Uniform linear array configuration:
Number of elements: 48
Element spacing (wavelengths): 0.25
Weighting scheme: hann
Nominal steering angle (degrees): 15
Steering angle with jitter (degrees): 13.375
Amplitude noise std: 0.05
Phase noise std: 0.05

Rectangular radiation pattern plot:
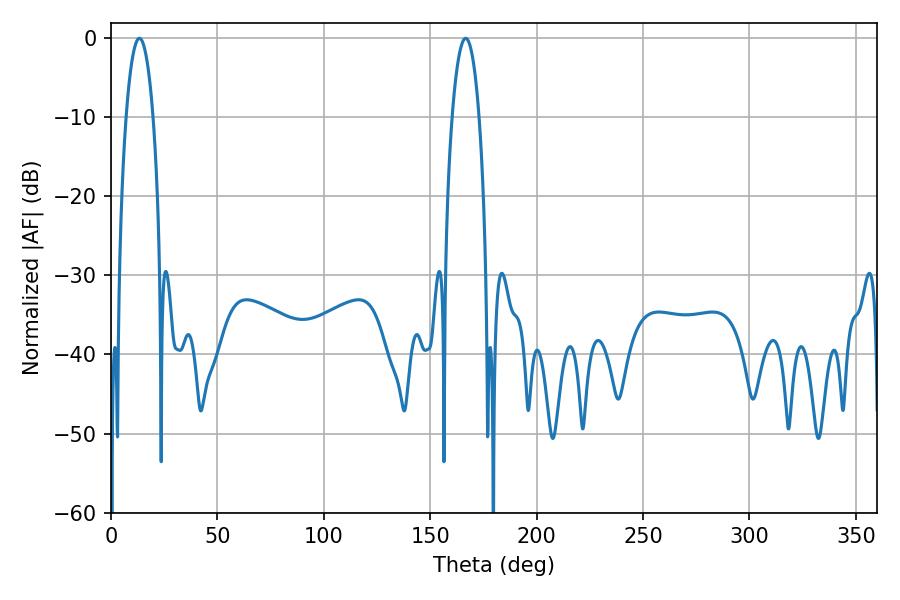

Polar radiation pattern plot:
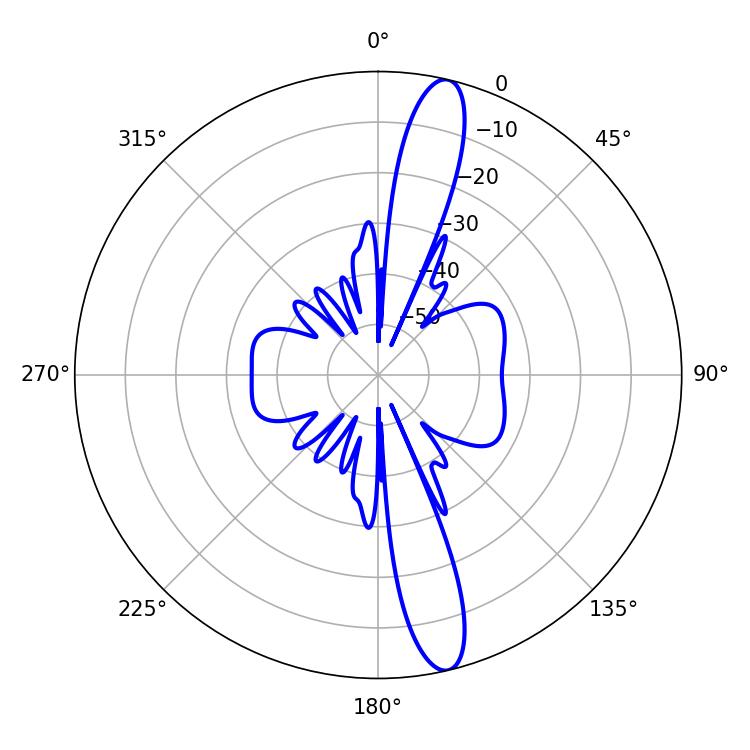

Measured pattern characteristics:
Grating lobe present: FALSE
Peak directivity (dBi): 15.148
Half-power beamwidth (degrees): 7.02
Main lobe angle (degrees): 13.32